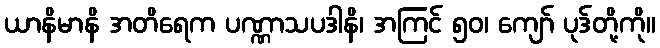
ယာနိမာနိ အတိရေက ပဏ္ဏာသပဒါနိ၊ အကြင် ၅၀၊ ကျော် ပုဒ်တို့ကို။